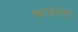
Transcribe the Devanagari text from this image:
कजंगल